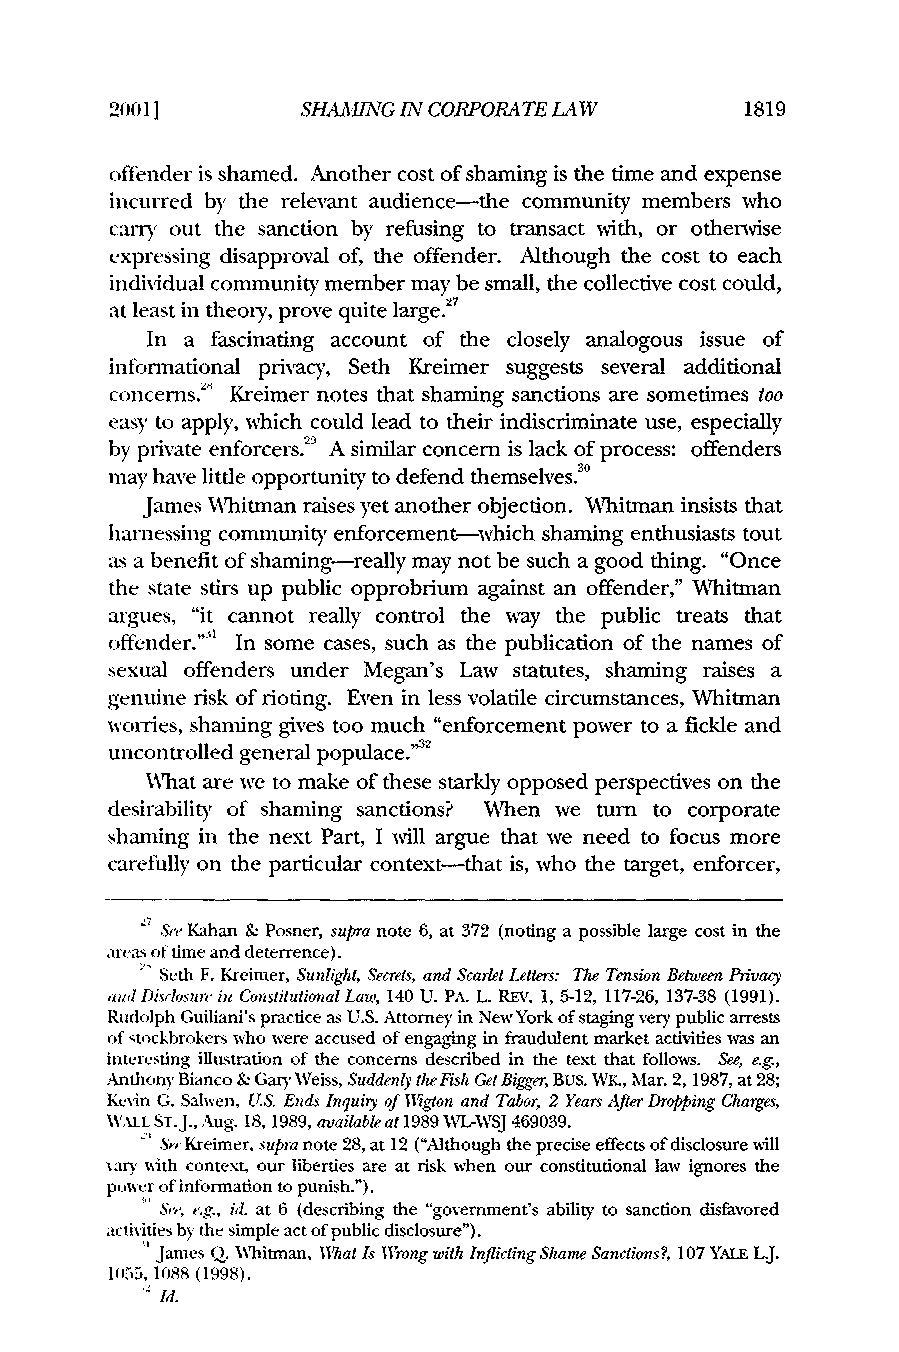
20011        SHAMING IA CORPORATE LAW     1819
 offender is shamed. Another cost of shaming is the time and expense
 incurred by the relevant audience-the community members who
 cany out the sanction by refusing to transact with, or otherwise
 ,
 expressing disapproval of, the offender. Although the cost to each
 individual community member may be small, the collective cost could,
 at least in theory, prove quite large.27
 In a fascinating account of the closely analogous issue of
 informational privacy, Seth Kreimer suggests several additional
 concerns.s Kreimer notes that shaming sanctions are sometimes too
 easy to apply, which could lead to their indiscriminate use, especially
 by private enforcers.2' A similar concern is lack of process: offenders
 may have little opportunity to defend themselves."°
 James Whitman raises yet another objection. Whitman insists that
 harnessing community enforcement-which shaming enthusiasts tout
 as a benefit of shaming-really may not be such a good thing. "Once
 the state stirs up public opprobrium against an offender," Whitman
 argues, "it cannot really control the way the public treats that
 offender."' In some cases, such as the publication of the names of
 sexual offenders under Megan's Law statutes, shaming raises a
 genuine risk of rioting. Even in less volatile circumstances, Whitman
 wories, shaming gives too much "enforcement power to a fickle and
 uncontrolled general populace."2
 What are we to make of these starkly opposed perspectives on the
 desirability of shaming sanctions? When we turn to corporate
 shaming in the next Part, I will argue that we need to focus more
 carefully on the particular context-that is, who the target, enforcer,
 ' S'e Kahan & Posner, supra note 6, at 372 (noting a possible large cost in the
 areas of time and deterrence).
 Seth F. Kreimer, Sunlight, Secrets, and Scarlet Letters: The Tension Between Privacy
 and Distlosure in ConstitutionalL aw, 140 U. PA. L. REV. 1, 5-12, 117-26, 137-38 (1991).
 Rudolph Guiliani's practice as U.S. Attorney in New York of staging very public arrests
 of stockbrokers who were accused of engaging in fraudulent market activities was an
 interesting illustration of the concerns described in the text that follows. See, e.g.,
 Anthony Bianco & Gary Weiss, Suddenly the Fish Get Bigger, BUS. WK., Mar. 2, 1987, at 28;
 Kevin G. Salwen, U.S. Ends Inquiry of 117gton and Tabor, 2 Years After Dropping Charges,
 WALL ST.J., Aug. 18, 1989, availablea t 1989 WL-WSJ 469039.
 Sr Kreimer, supra note 28, at 12 ("Although the precise effects of disclosure will
 xary with context, our liberties are at risk when our constitutional law ignores the
 poi1cr of information to punish.").
 .St, e.g., id. at 6 (describing the "government's ability to sanction disfavored
 actixities by the simple act of public disclosure").
 q James Q. Whitman, What Is Wrong with Inflicting Shame Sanctions?, 107 YALE L.J.
 10155, 1088 (1998).
 , /d.